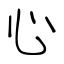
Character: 心